Problem: 5 × 4 = ?
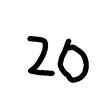
Handwritten answer: 20